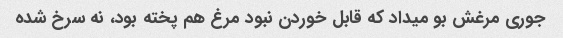
جوری مرغش بو میداد که قابل خوردن نبود مرغ هم پخته بود، نه سرخ شده